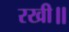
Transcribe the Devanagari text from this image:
रखी॥